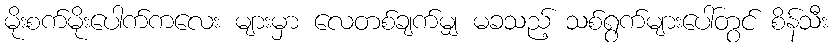
မိုးစက်မိုးပေါက်ကလေး များမှာ လေတစ်ချက်မျှ မခသည့် သစ်ရွက်များပေါ်တွင် စိန်သီး